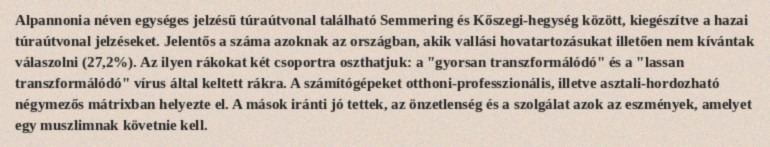
Alpannonia néven egységes jelzésű túraútvonal található Semmering és Kőszegi-hegység között, kiegészítve a hazai túraútvonal jelzéseket. Jelentős a száma azoknak az országban, akik vallási hovatartozásukat illetően nem kívántak válaszolni (27,2%). Az ilyen rákokat két csoportra oszthatjuk: a "gyorsan transzformálódó" és a "lassan transzformálódó" vírus által keltett rákra. A számítógépeket otthoni-professzionális, illetve asztali-hordozható négymezős mátrixban helyezte el. A mások iránti jó tettek, az önzetlenség és a szolgálat azok az eszmények, amelyet egy muszlimnak követnie kell.